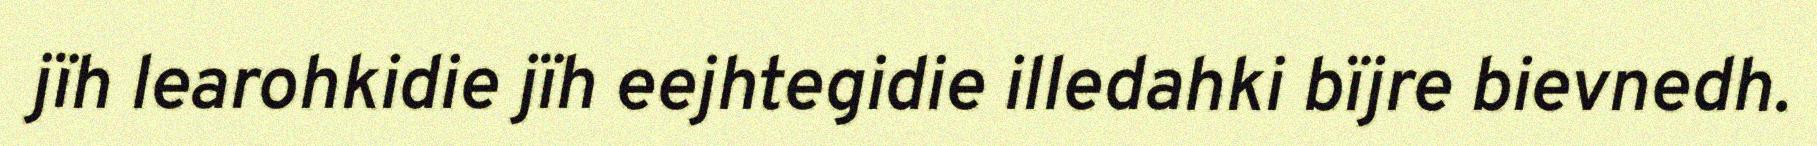
jïh learohkidie jïh eejhtegidie illedahki bïjre bievnedh.